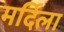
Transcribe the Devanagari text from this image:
मर्दिला